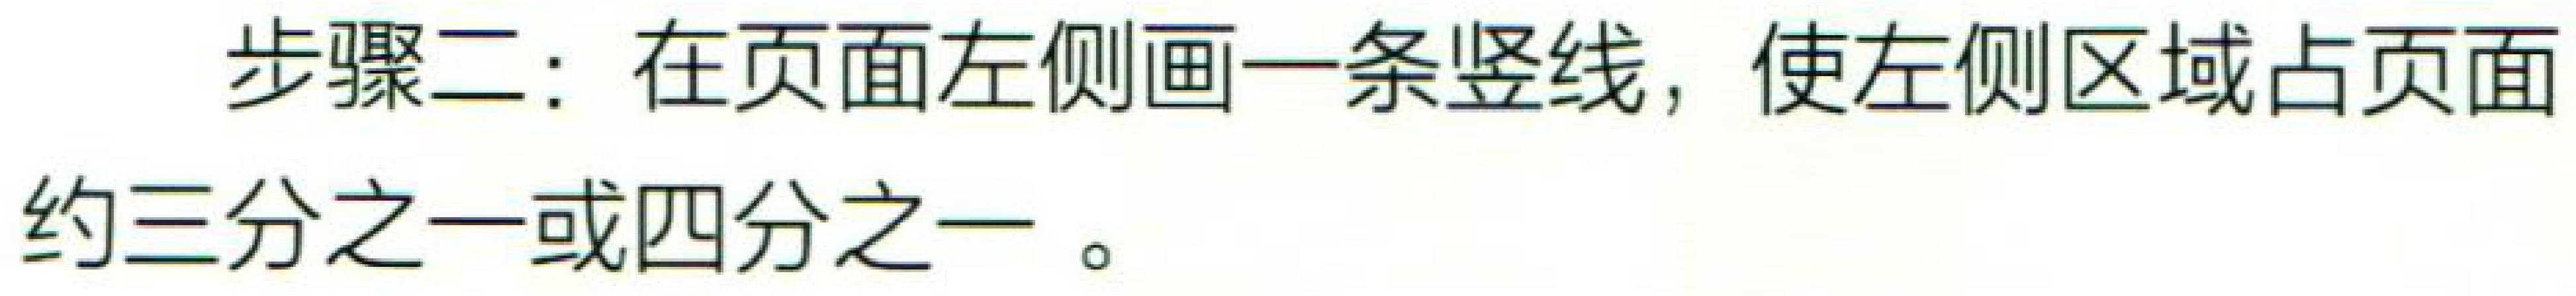
步骤二：在页面左侧画一条竖线，使左侧区域占页面约三分之一或四分之一。